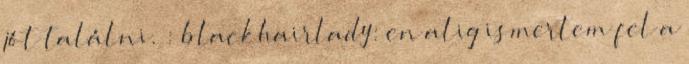
jót találni. : blackhairlady: en alig ismertem fel a